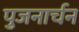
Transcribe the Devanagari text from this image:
पुजनार्चन